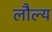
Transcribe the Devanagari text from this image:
लौल्य